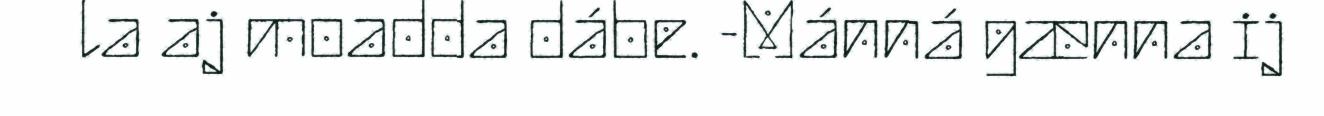
la aj moadda dábe. -Mánná gænna ij